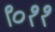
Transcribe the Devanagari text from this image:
९०११